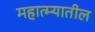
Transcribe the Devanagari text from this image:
महात्म्यातील